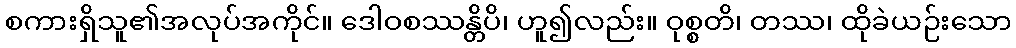
စကားရှိသူ၏အလုပ်အကိုင်။ ဒေါဝစဿန္တိပိ၊ ဟူ၍လည်း။ ဝုစ္စတိ၊ တဿ၊ ထိုခဲယဉ်းသော